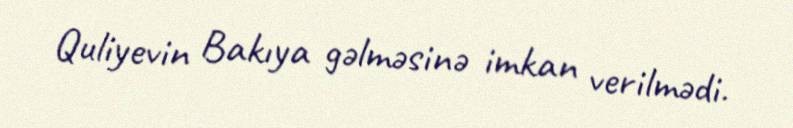
Quliyevin Bakıya gəlməsinə imkan verilmədi.